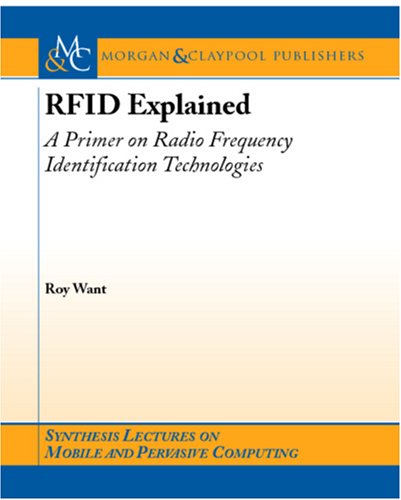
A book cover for RFID Explained (Synthesis Lectures on Mobile and Pervasive Computing); Roy Want; Science & Math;